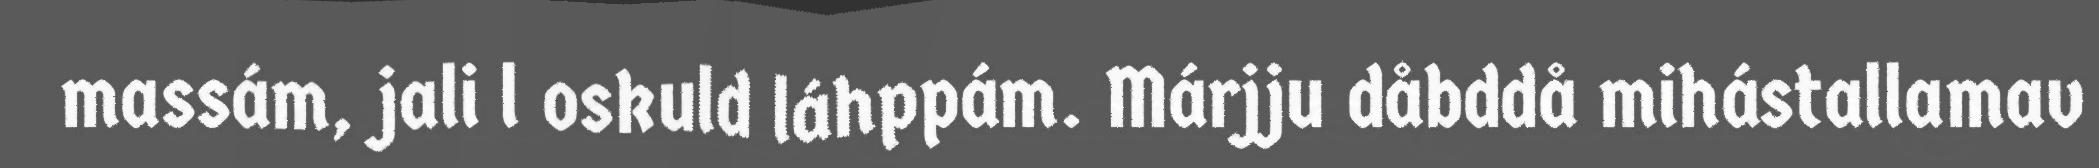
massám, jali l oskuld láhppám. Márjju dåbddå mihástallamav